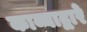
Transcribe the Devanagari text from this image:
काव्याद्वारे